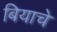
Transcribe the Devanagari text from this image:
बियाचे